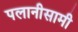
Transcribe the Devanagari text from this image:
पलानीसामी